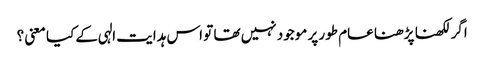
اگر لکھنا پڑھنا عام طور پر موجود نہیں تھا تو اس ہدایت الہی کے کیا معنی ؟